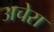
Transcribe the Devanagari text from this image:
अचेरा